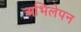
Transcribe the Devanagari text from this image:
अभिलेपन